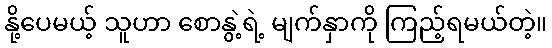
နို့ပေမယ့် သူဟာ စောနွဲ့ရဲ့ မျက်နှာကို ကြည့်ရမယ်တဲ့။